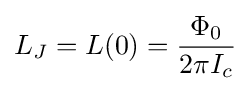
L_{J}=L(0)={\frac {\Phi _{0}}{2\pi I_{c}}}